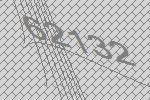
62132